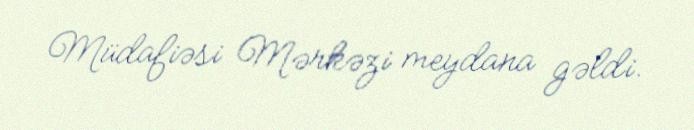
Müdafiəsi Mərkəzi meydana gəldi.